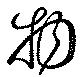
物